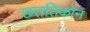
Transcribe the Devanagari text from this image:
छततिकोन